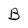
Character: B